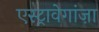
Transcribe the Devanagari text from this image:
एस्ट्रावेगांज़ा